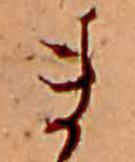
ま